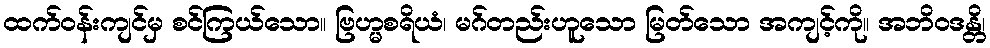
ထက်ဝန်းကျင်မှ စင်ကြယ်သော။ ဗြဟ္မစရိယံ၊ မဂ်တည်းဟူသော မြတ်သော အကျင့်ကို။ အဘိဝဒန္တိ၊